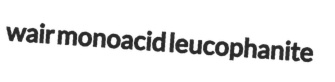
wair monoacid leucophanite